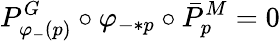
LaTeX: P_{\varphi_{-}(p)}^{G}\circ\varphi_{-*p}\circ\bar{P}_{p}^{M}=0